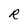
Character: R